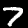
Digit: 7